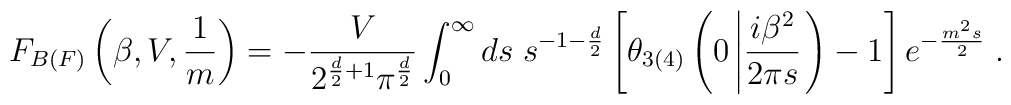
F_{B(F)}\left(\beta,V,\frac{1}{m}\right)=  -\frac{V}{2^{\frac{d}{2}+1}\pi^{\frac{d}{2}}}\int_{0}^{\infty}  ds\;s^{-1-\frac{d}{2}}\left[  \theta_{3(4)}\left(0\left|\frac{i\beta^{2}}{2\pi    s}\right.\right)-1\right] e^{-\frac{m^{2}s}{2}}\;.